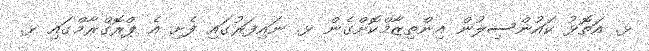
ޅ. އަތޮޅު ކައުންސިލުން އިންތިޒާމްކޮށްގެން ޅ. ނައިފަރުގައި ފެށި އެ ޕްރޮގްރާމްގައި ޅ.